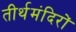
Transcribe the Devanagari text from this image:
तीर्थमंदिरों